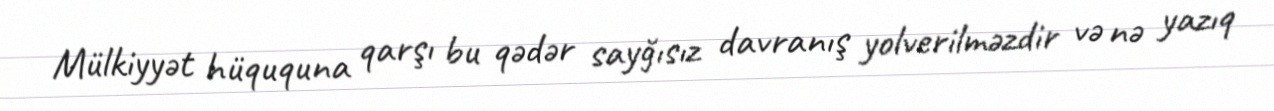
Mülkiyyət hüququna qarşı bu qədər sayğısız davranış yolverilməzdir və nə yazıq